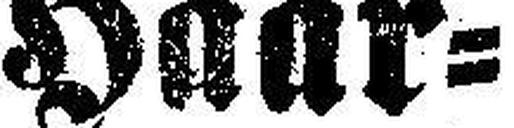
Haar¬